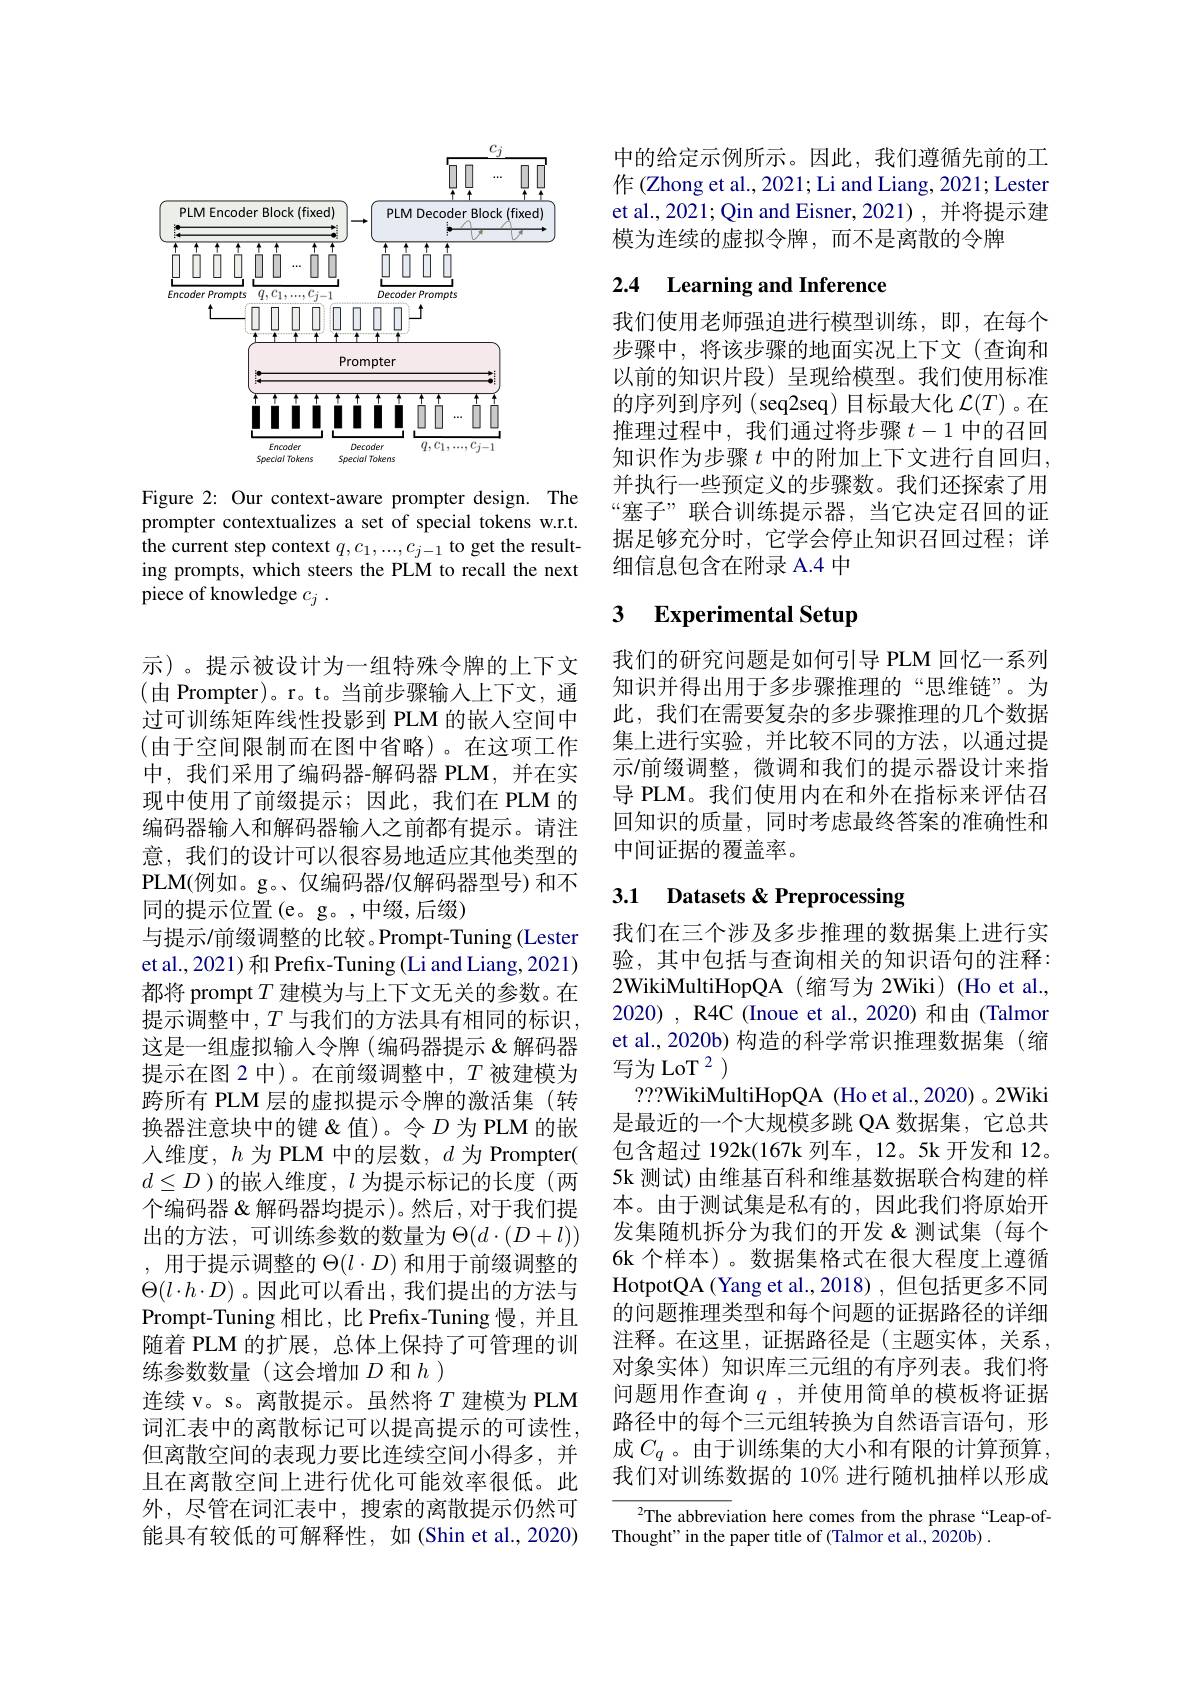
<FigureHere>

Figure 2: Our context-aware prompter design. The prompter contextualizes a set of special tokens w.r.t. the current step context $q,c_1,...,c_{j-1}$ to get the resulting prompts, which steers the PLM to recall the next piece of knowledge $c_j$ .

示)。提示被设计为一组特殊令牌的上下文(由 Prompter)。r。t。当前步骤输入上下文，通过可训练矩阵线性投影到 PLM 的嵌入空间中(由于空间限制而在图中省略)。在这项工作中，我们采用了编码器-解码器 PLM,并在实现中使用了前缀提示；因此，我们在 PLM 的编码器输人和解码器输入之前都有提示。请注意，我们的设计可以很容易地适应其他类型的PLM(例如。g。、仅编码器/仅解码器型号)和不同的提示位置(e。g。,中缀，后缀)
与提示/前缀调整的比较。Prompt-Tuning(Lester et al., 2021) 和 Prefix-Tuning (Li and Liang, 2021) 都将 prompt $T$建模为与上下文无关的参数。在提示调整中，$T$与我们的方法具有相同的标识， 这是一组虚拟输入令牌 (编码器提示 &解码器提示在图 2 中)。在前缀调整中，$T$被建模为跨所有 PLM 层的虚拟提示令牌的激活集(转换器注意块中的键 &值)。令$D$为 PLM 的嵌人维度，$h$为 PLM 中的层数，$d$为 Prompter( $d\leq D$ )的嵌人维度，$l$为提示标记的长度(两个编码器&解码器均提示)。然后，对于我们提出的方法，可训练参数的数量为$\Theta(d\cdot(D+l))$ , 用于提示调整的$\Theta(l\cdot D)$和用于前缀调整的$\Theta(l\cdot h\cdot D)$。因此可以看出，我们提出的方法与Prompt-Tuning 相比，比 Prefix-Tuning 慢，并且随着 PLM 的扩展，总体上保持了可管理的训练参数数量(这会增加$D$ 和 $h)$
连续 v。s。离散提示。虽然将$T$建模为 PLM 词汇表中的离散标记可以提高提示的可读性， 但离散空间的表现力要比连续空间小得多，并且在离散空间上进行优化可能效率很低。此外，尽管在词汇表中，搜索的离散提示仍然可能具有较低的可解释性，如(Shin et al., 2020)

中的给定示例所示。因此，我们遵循先前的工作 (Zhong et al., 2021; Li and Liang, 2021; Lester et al., 2021; Qin and Eisner, 2021) , 并将提示建模为连续的虚拟令牌，而不是离散的令牌

# 2.4 Learning and Inference

我们使用老师强迫进行模型训练，即，在每个步骤中，将该步骤的地面实况上下文(查询和以前的知识片段)呈现给模型。我们使用标准的序列到序列(seq2seq)目标最大化$\mathcal{L}(T)$。在推理过程中，我们通过将步骤$t-1$中的召回知识作为步骤 $t$ 中的附加上下文进行自回归， 并执行一些预定义的步骤数。我们还探索了用“塞子”联合训练提示器，当它决定召回的证据足够充分时，它学会停止知识召回过程；详细信息包含在附录 A.4 中

# 3 Experimental Setup

我们的研究问题是如何引导 PLM 回忆一系列知识并得出用于多步骤推理的“思维链”。为此，我们在需要复杂的多步骤推理的几个数据集上进行实验，并比较不同的方法，以通过提示/前缀调整，微调和我们的提示器设计来指导 PLM。我们使用内在和外在指标来评估召回知识的质量，同时考虑最终答案的准确性和中间证据的覆盖率。

# 3.1 Datasets &Preprocessing

我们在三个涉及多步推理的数据集上进行实验，其中包括与查询相关的知识语句的注释： 2WikiMultiHopQA (缩写为 2Wiki) (Ho et al., 2020), R4C (Inoue et al., 2020) 和由 (Talmor et al., 2020b) 构造的科学常识推理数据集(缩写为 LoT $^{2}$ )
???WikiMultiHopQA (Ho et al.,2020) 。2Wiki 是最近的一个大规模多跳 QA 数据集，它总共包含超过 192k(167k 列车，12。5k 开发和 12。5k 测试) 由维基百科和维基数据联合构建的样本。由于测试集是私有的，因此我们将原始开发集随机拆分为我们的开发 &测试集(每个6k 个样本)。数据集格式在很大程度上遵循HotpotQA (Yang et al.,2018),但包括更多不同的问题推理类型和每个问题的证据路径的详细注释。在这里，证据路径是(主题实体，关系， 对象实体)知识库三元组的有序列表。我们将问题用作查询$q$,并使用简单的模板将证据路径中的每个三元组转换为自然语言语句，形成$C_q$ 。由于训练集的大小和有限的计算预算， 我们对训练数据的 10% 进行随机抽样以形成

$^2$The abbreviation here comes from the phrase“Leap-of-
Thought" in the paper title of (Talmor et al., 2020b) .